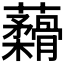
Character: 𬟟